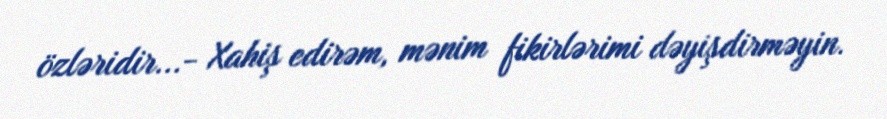
özləridir...- Xahiş edirəm, mənim fikirlərimi dəyişdirməyin.